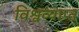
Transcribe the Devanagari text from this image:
विश्वव्याप्त